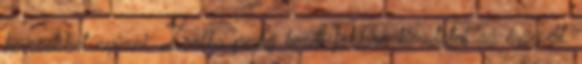
kevesebbet nyúzni, Zsofka pedig kezdi jobban kimutatni az érzéseit.